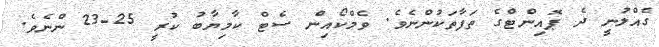
ގެއްލުނީ ދެ ޕޮއިންޓްގެ ތަފާތަކުންނެވެ. ވެމްކޯއިން ސެޓް ކާމިޔާބު ކުރީ 25-23 ންނެވެ.